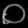
Digit: ၀